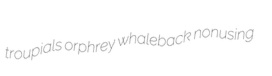
troupials orphrey whaleback nonusing